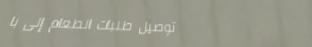
توصيل طلبات الطعام إلى با